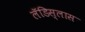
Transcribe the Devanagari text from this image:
लॅडिस्लास